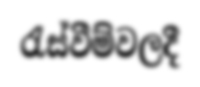
රැස්වීම්වලදී